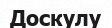
Доскулу